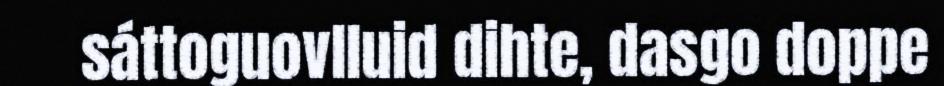
sáttoguovlluid dihte, dasgo doppe